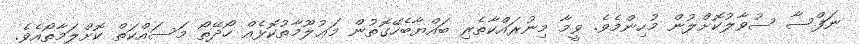
ނަފްސާ ސުވާލުކޮށްލުން މުހިންމެވެ. ވީމާ މިނުރައްކާތެރި ބައްޔާބެހޭގޮތުން މަޢުލޫމާތުކޮޅެއް ހޯދޭތޯ މަސައްކަތް ކޮށްލަމާތޯއެވެ.